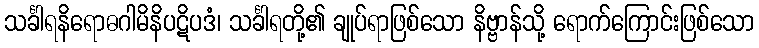
သင်္ခါရနိရောဓဂါမိနိပဋိပဒံ၊ သင်္ခါရတို့၏ ချုပ်ရာဖြစ်သော နိဗ္ဗာန်သို့ ရောက်ကြောင်းဖြစ်သော